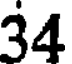
34